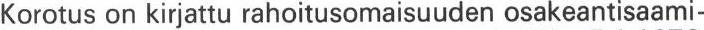
Korotus on kirjattu rahoitusomaisuuden osakeantisaami-